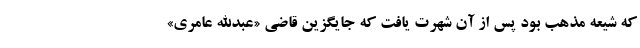
که شیعه مذهب بود پس از آن شهرت یافت که جایگزین قاضی «عبدالله عامری»